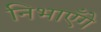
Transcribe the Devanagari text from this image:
निभाएँगे